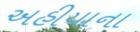
અહીયાના